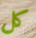
كل